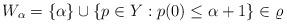
LaTeX: \begin{align*}W_\alpha=\{\alpha\}\cup \{p\in Y: p(0)\le {\alpha}+1\} \in \varrho\end{align*}